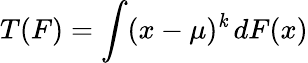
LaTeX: T(F)=\int(x-\mu)^{\mathit{k}}\, dF(x)